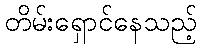
တိမ်းရှောင်နေသည့်